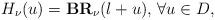
LaTeX: \begin{align*}H_{\nu}(u)=\textbf{BR}_{\nu}(l+u)\textrm{, }\forall u\in D,\end{align*}